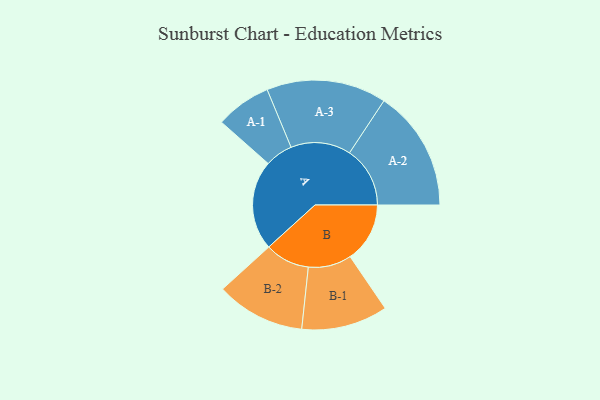
{"axis": {"x": "Segment", "y": "Value"}, "legend": ["", "A", "B"], "data": [{"x": "A", "y": 326, "type": ""}, {"x": "B", "y": 217, "type": ""}, {"x": "A-1", "y": 101, "type": "A"}, {"x": "A-2", "y": 220, "type": "A"}, {"x": "A-3", "y": 218, "type": "A"}, {"x": "B-1", "y": 157, "type": "B"}, {"x": "B-2", "y": 162, "type": "B"}]}